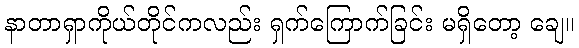
နာတာရှာကိုယ်တိုင်ကလည်း ရှက်ကြောက်ခြင်း မရှိတော့ ချေ။